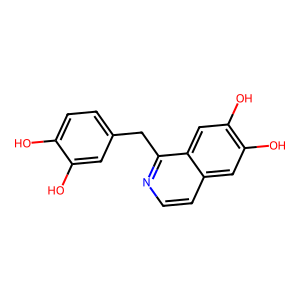
SMILES: Oc1ccc(Cc2nccc3cc(O)c(O)cc23)cc1O
Inhibits HIV replication: No